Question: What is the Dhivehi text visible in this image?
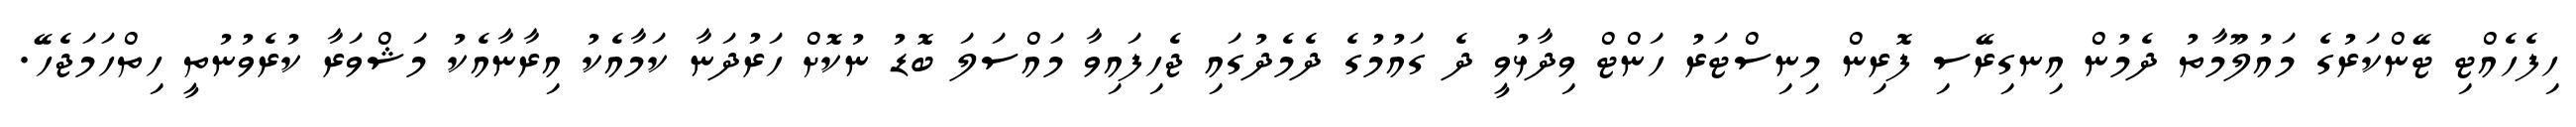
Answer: ހިފެހެއްޓި ޓޭންކަރުގެ މައުލޫމާތު ދެމުން އިނގިރޭސި ފޮރިން މިނިސްޓަރު ހަންޓް ވިދާޅުވީ ދެ ގައުމުގެ ދެމެދުގައި ޖެހިފައިވާ މައްސަލަ ބޮޑު ނުކޮށް ހަރުދަނާ ކަމާއެކު އިރާނާއެކު މަޝްވަރާ ކުރެވުނުތީ ހިތްހަމަޖެހޭ.